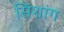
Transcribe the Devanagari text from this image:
सिंशांग